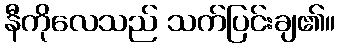
နီကိုလေသည် သက်ပြင်းချ၏။